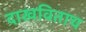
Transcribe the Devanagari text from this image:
दाखविताच